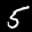
Label: 5